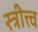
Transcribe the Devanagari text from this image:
स्त्रीत्त्व